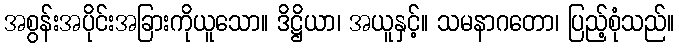
အစွန်းအပိုင်းအခြားကိုယူသော။ ဒိဋ္ဌိယာ၊ အယူနှင့်။ သမနာဂတော၊ ပြည့်စုံသည်။